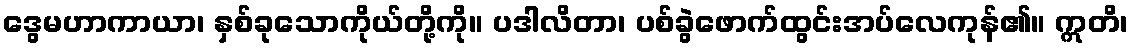
ဒွေမဟာကာယာ၊ နှစ်ခုသောကိုယ်တို့ကို။ ပဒါလိတာ၊ ပစ်ခွဲဖောက်ထွင်းအပ်လေကုန်၏။ ဣတိ၊